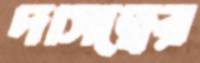
দাসত্বের